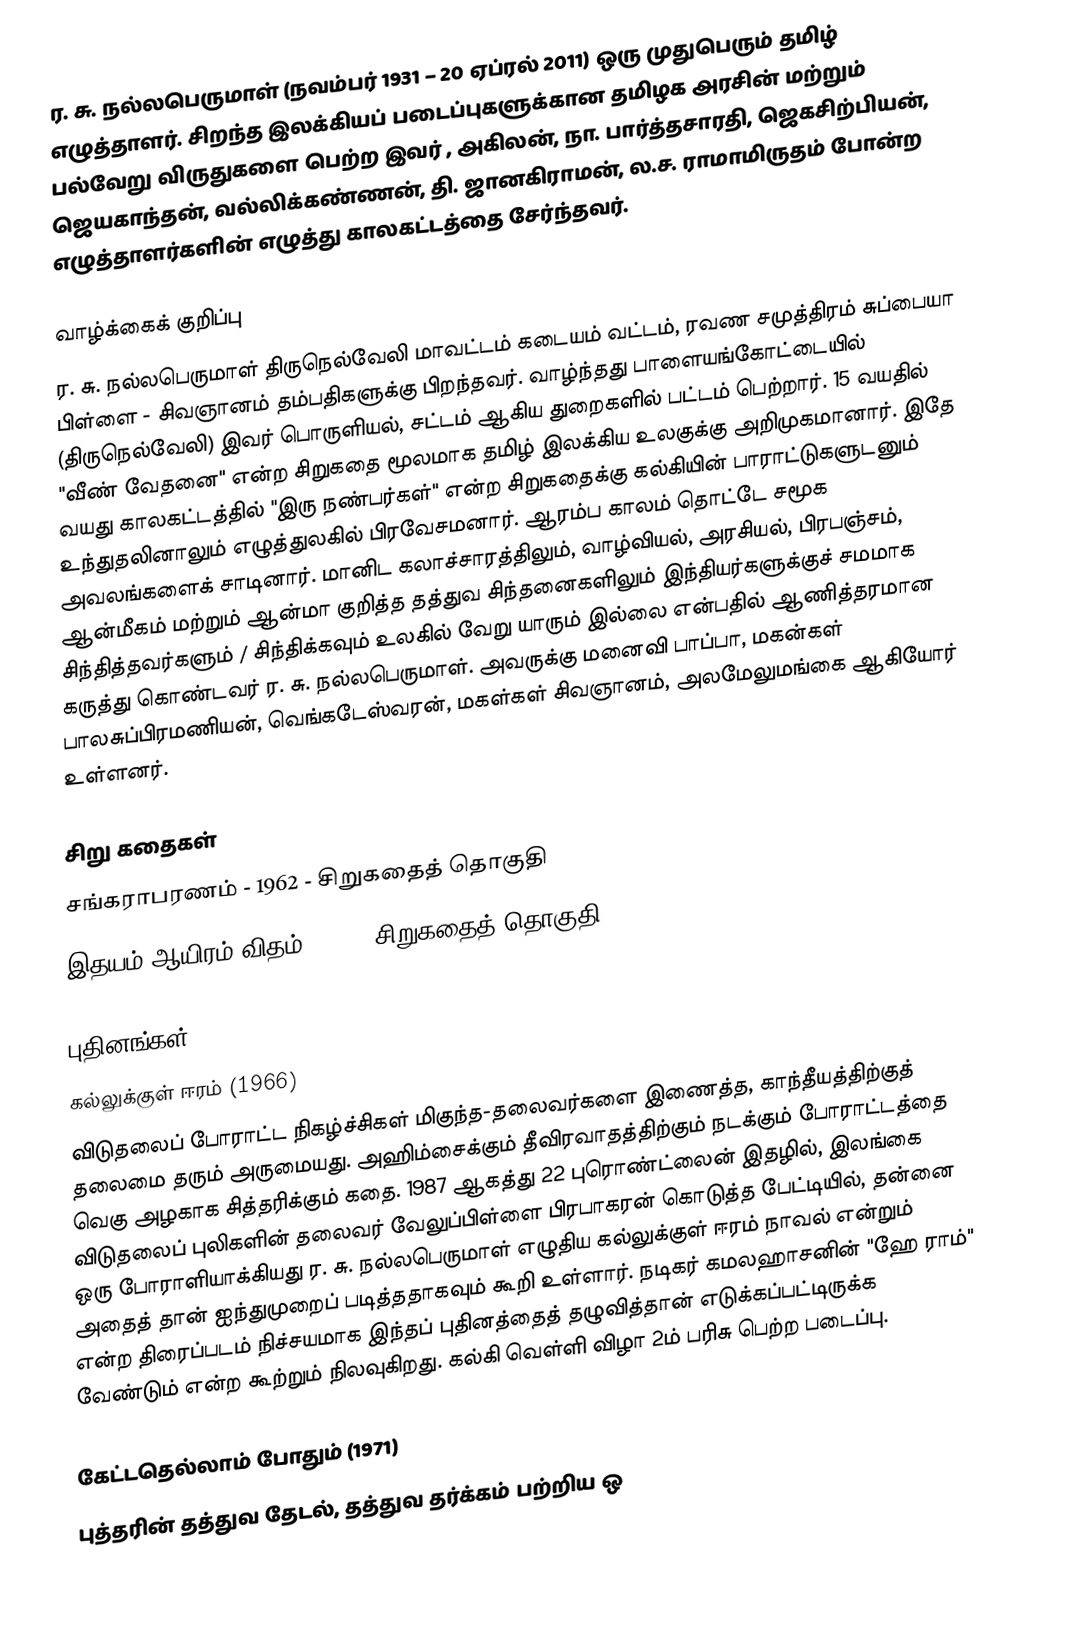
ர. சு. நல்லபெருமாள் (நவம்பர் 1931 – 20 ஏப்ரல் 2011) ஒரு முதுபெரும் தமிழ் எழுத்தாளர். சிறந்த இலக்கியப் படைப்புகளுக்கான தமிழக அரசின் மற்றும் பல்வேறு விருதுகளை பெற்ற  இவர் , அகிலன், நா. பார்த்தசாரதி, ஜெகசிற்பியன், ஜெயகாந்தன், வல்லிக்கண்ணன், தி. ஜானகிராமன், ல.ச. ராமாமிருதம் போன்ற எழுத்தாளர்களின் எழுத்து காலகட்டத்தை சேர்ந்தவர்.

வாழ்க்கைக் குறிப்பு
ர. சு. நல்லபெருமாள் திருநெல்வேலி மாவட்டம் கடையம் வட்டம், ரவண சமுத்திரம் சுப்பையா பிள்ளை - சிவஞானம் தம்பதிகளுக்கு பிறந்தவர். வாழ்ந்தது பாளையங்கோட்டையில் (திருநெல்வேலி) இவர் பொருளியல், சட்டம் ஆகிய துறைகளில் பட்டம் பெற்றார். 15 வயதில் "வீண் வேதனை" என்ற சிறுகதை மூலமாக தமிழ் இலக்கிய உலகுக்கு அறிமுகமானார். இதே வயது காலகட்டத்தில் "இரு நண்பர்கள்" என்ற சிறுகதைக்கு கல்கியின் பாராட்டுகளுடனும் உந்துதலினாலும் எழுத்துலகில் பிரவேசமனார். ஆரம்ப காலம் தொட்டே சமூக அவலங்களைக் சாடினார். மானிட கலாச்சாரத்திலும், வாழ்வியல், அரசியல், பிரபஞ்சம், ஆன்மீகம் மற்றும் ஆன்மா குறித்த தத்துவ சிந்தனைகளிலும் இந்தியர்களுக்குச் சமமாக சிந்தித்தவர்களும் / சிந்திக்கவும்  உலகில் வேறு யாரும் இல்லை என்பதில் ஆணித்தரமான கருத்து கொண்டவர் ர. சு. நல்லபெருமாள். அவருக்கு மனைவி பாப்பா, மகன்கள் பாலசுப்பிரமணியன், வெங்கடேஸ்வரன், மகள்கள் சிவஞானம், அலமேலுமங்கை ஆகியோர் உள்ளனர்.

சிறு கதைகள்
 சங்கராபரணம் - 1962 - சிறுகதைத் தொகுதி
 இதயம் ஆயிரம் விதம் - 1970 சிறுகதைத் தொகுதி

புதினங்கள்
கல்லுக்குள் ஈரம் (1966)
விடுதலைப் போராட்ட நிகழ்ச்சிகள் மிகுந்த-தலைவர்களை இணைத்த, காந்தீயத்திற்குத் தலைமை தரும் அருமையது. அஹிம்சைக்கும் தீவிரவாதத்திற்கும் நடக்கும் போராட்டத்தை வெகு அழகாக சித்தரிக்கும் கதை. 1987 ஆகத்து 22 புரொண்ட்லைன் இதழில், இலங்கை விடுதலைப் புலிகளின் தலைவர் வேலுப்பிள்ளை பிரபாகரன் கொடுத்த பேட்டியில், தன்னை ஒரு போராளியாக்கியது ர. சு. நல்லபெருமாள் எழுதிய கல்லுக்குள் ஈரம் நாவல் என்றும் அதைத் தான் ஐந்துமுறைப் படித்ததாகவும் கூறி உள்ளார். நடிகர் கமலஹாசனின் "ஹே ராம்" என்ற திரைப்படம்  நிச்சயமாக இந்தப் புதினத்தைத் தழுவித்தான் எடுக்கப்பட்டிருக்க வேண்டும் என்ற கூற்றும் நிலவுகிறது. கல்கி வெள்ளி விழா 2ம் பரிசு பெற்ற படைப்பு.

கேட்டதெல்லாம் போதும் (1971)
புத்தரின் தத்துவ தேடல், தத்துவ தர்க்கம் பற்றிய ஒ